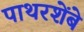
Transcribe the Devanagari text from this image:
पाथरशेंबे